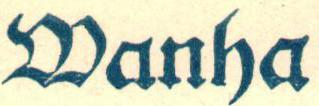
Vanha